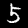
Digit: 5